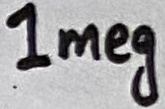
Text: 1meg